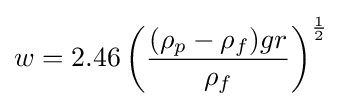
w=2.46\left({\frac {(\rho _{p}-\rho _{f})gr}{\rho _{f}}}\right)^{\frac {1}{2}}